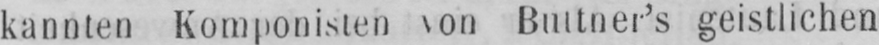
kannten Komponisten von Buttner’s geistlichen